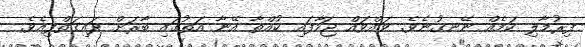
ފިރުމާލި ކަމެއް ނޭނގުނެވެ. ވައްވައް ޖަހާފައި ކުއްތާ އޭނާ އަތުގައި ބާރަށް ދައިގަތްފިއެވެ.